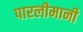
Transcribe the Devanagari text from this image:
पारलीमानी